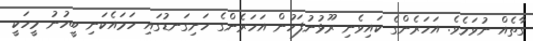
ގާތެއް ނުވަމެވެ. އަހަރެންގެ ކައިވެނި ރޫޅުނުފަހުން އަހަރެންގެ ހަށިގަނޑުގައި ހަމައެކަނި ބީހުނު މީހަކީ